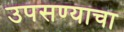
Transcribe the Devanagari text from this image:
उपसण्याचा